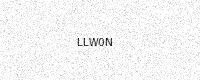
Text: LLW0N